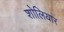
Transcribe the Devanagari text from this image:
शोलियार